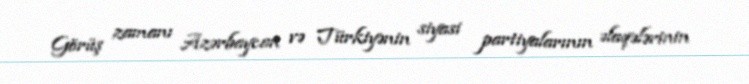
Görüş zamanı Azərbaycan və Türkiyənin siyasi partiyalarının əlaqələrinin